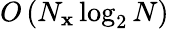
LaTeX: O\left(N_{\mathbf{x}}\log_{2}N\right)